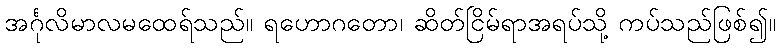
အင်္ဂုလိမာလမထေရ်သည်။ ရဟောဂတော၊ ဆိတ်ငြိမ်ရာအရပ်သို့ ကပ်သည်ဖြစ်၍။